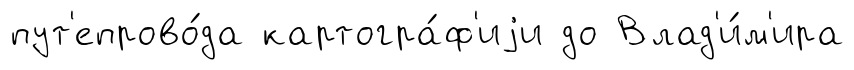
пут'епрово́да картогра́ф'иjи до Влад'и́м'ира